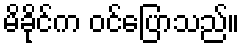
မိခိုင်က ဝင်ပြောသည်။